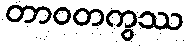
တာဝတကွဿ